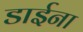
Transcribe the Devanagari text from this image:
डाईना